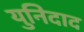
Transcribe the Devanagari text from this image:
युनिदाद